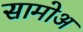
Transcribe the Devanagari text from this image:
सामोअ